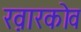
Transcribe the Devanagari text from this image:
ख़ारकोव